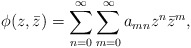
\begin{align*}\phi(z,\bar z)=\sum_{n=0}^\infty\sum_{m=0}^\infty a_{mn}z^n\bar z^m,\end{align*}